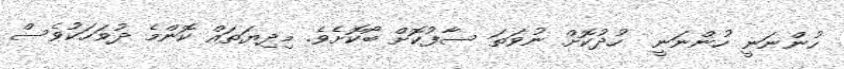
ހުންނަނީ ހުންނަނީ  ހުދުކޮށް ނުވަތަ ސާފުކޮށް ބޯކޮށެވެ. މިދިޔަތައް ކޮންމެ ދުވަހަކުވެސް